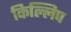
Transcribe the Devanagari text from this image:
किल्लिप